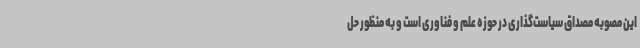
این مصوبه مصداق سیاست‌گذاری در حوزه علم و فناوری است و به منظور حل